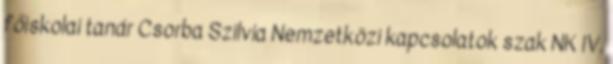
főiskolai tanár Csorba Szilvia Nemzetközi kapcsolatok szak NK IV.